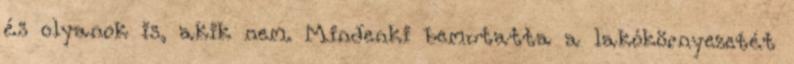
és olyanok is, akik nem. Mindenki bemutatta a lakókörnyezetét